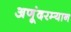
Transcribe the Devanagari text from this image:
अणूंदरम्यान